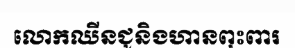
លោកឈីនជូនិងហានពុះពារ